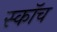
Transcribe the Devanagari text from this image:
स्काॅच